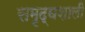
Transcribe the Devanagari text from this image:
समृद्घशाली